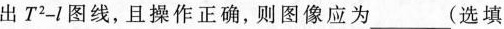
出T出 T^{ 2 }- l 图线，且操作正确，则图像应为___( 选填